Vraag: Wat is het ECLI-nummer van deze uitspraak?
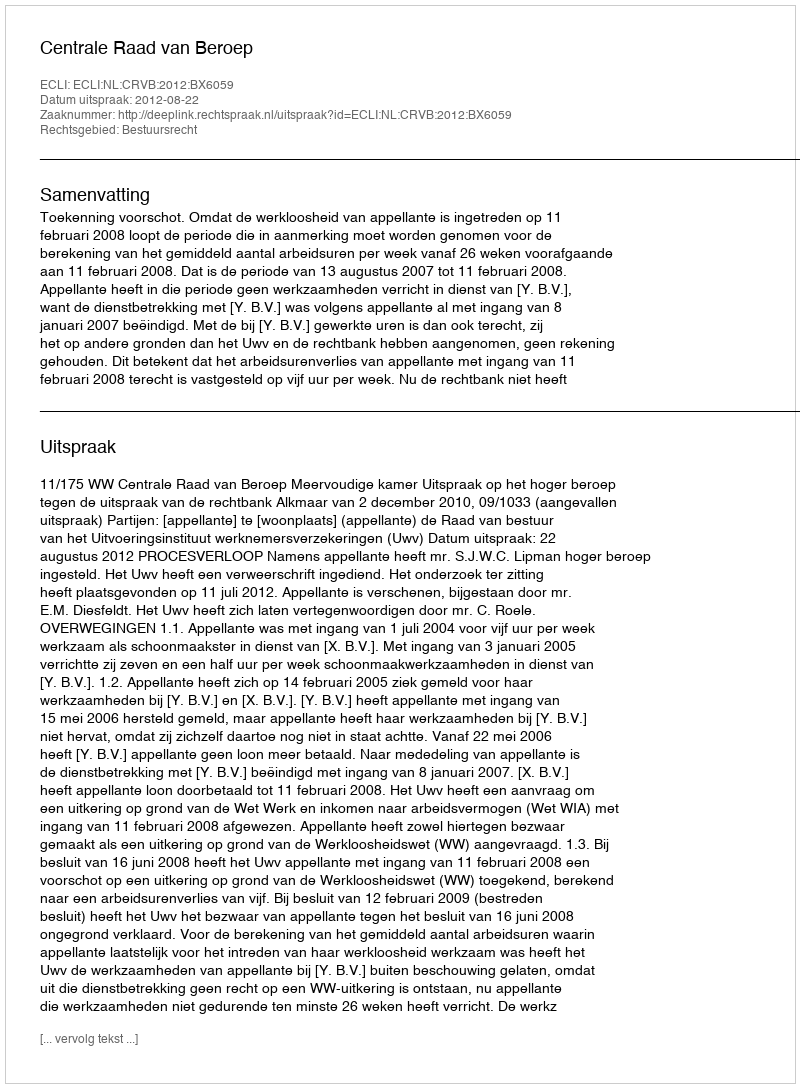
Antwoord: ECLI:NL:CRVB:2012:BX6059